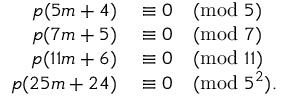
\begin{array} { r l } { p ( 5 m + 4 ) } & { { } \equiv 0 { \pmod { 5 } } } \\ { p ( 7 m + 5 ) } & { { } \equiv 0 { \pmod { 7 } } } \\ { p ( 1 1 m + 6 ) } & { { } \equiv 0 { \pmod { 1 1 } } } \\ { p ( 2 5 m + 2 4 ) } & { { } \equiv 0 { \pmod { 5 ^ { 2 } } } . } \end{array}